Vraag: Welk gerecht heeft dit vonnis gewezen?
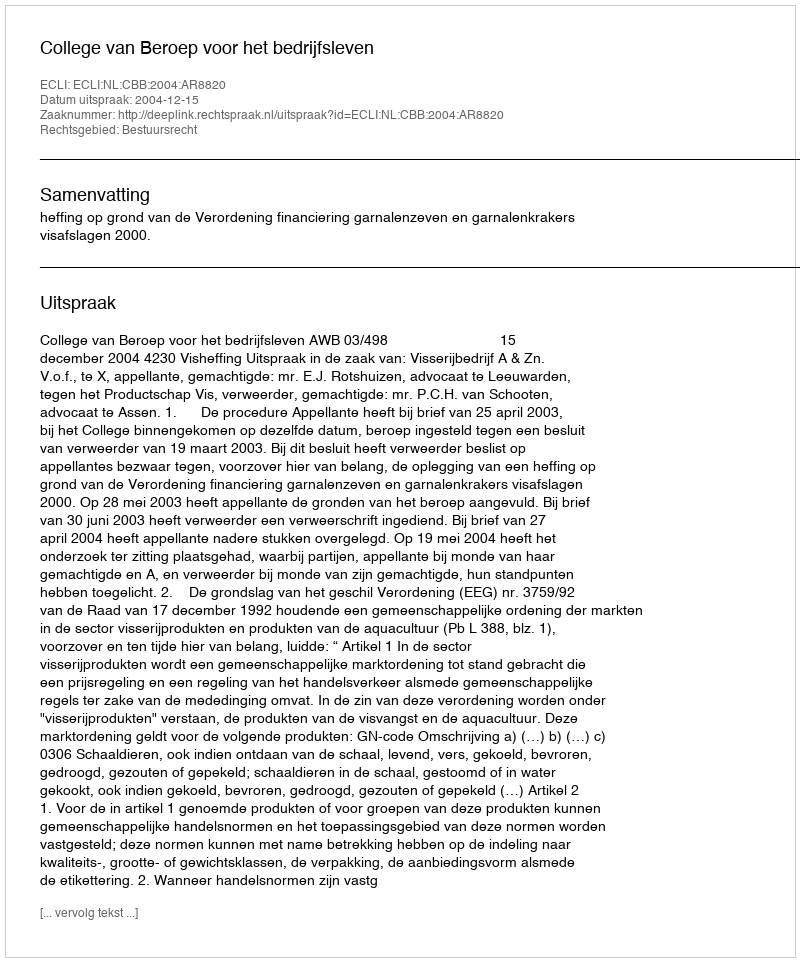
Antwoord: College van Beroep voor het bedrijfsleven